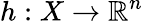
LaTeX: h:X\to\mathbb{R}^{n}